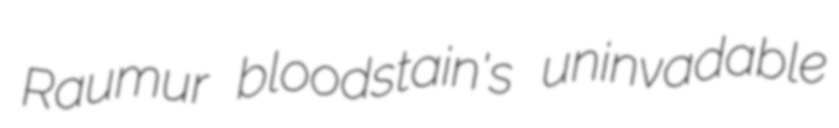
Raumur bloodstain's uninvadable